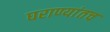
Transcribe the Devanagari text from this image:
घराण्यांतच